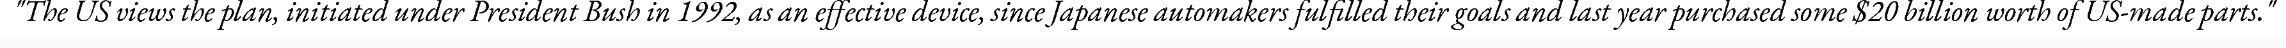
"The US views the plan, initiated under President Bush in 1992, as an effective device, since Japanese automakers fulfilled their goals and last year purchased some $20 billion worth of US-made parts."